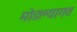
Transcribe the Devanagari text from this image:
मोडल्यागत